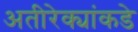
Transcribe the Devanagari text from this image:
अतीरेक्यांकडे